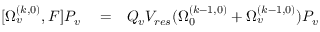
\begin{array} { r l r } { [ \Omega _ { v } ^ { ( k , 0 ) } , F ] P _ { v } } & { { } = } & { Q _ { v } V _ { r e s } ( \Omega _ { 0 } ^ { ( k - 1 , 0 ) } + \Omega _ { v } ^ { ( k - 1 , 0 ) } ) P _ { v } } \end{array}